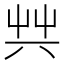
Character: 𠔖